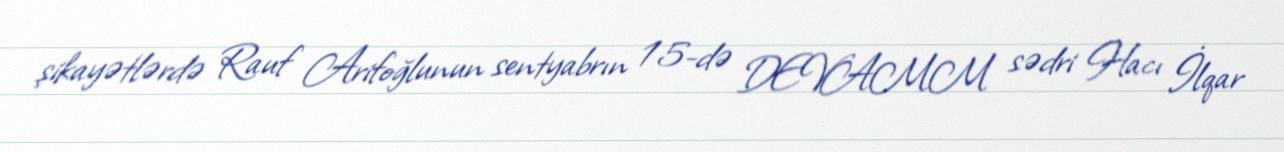
şikayətlərdə Rauf Arifoğlunun sentyabrın 15-də DEVAMM sədri Hacı İlqar